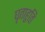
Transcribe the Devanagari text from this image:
घृताहुति